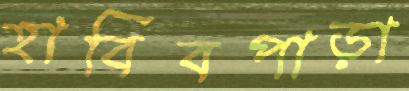
হাবিবপাড়া